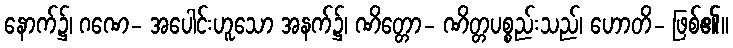
နောက်၌၊ ဂဏေ- အပေါင်းဟူသော အနက်၌၊ ဏိတ္တော- ဏိတ္တပစ္စည်းသည်၊ ဟောတိ- ဖြစ်၏။